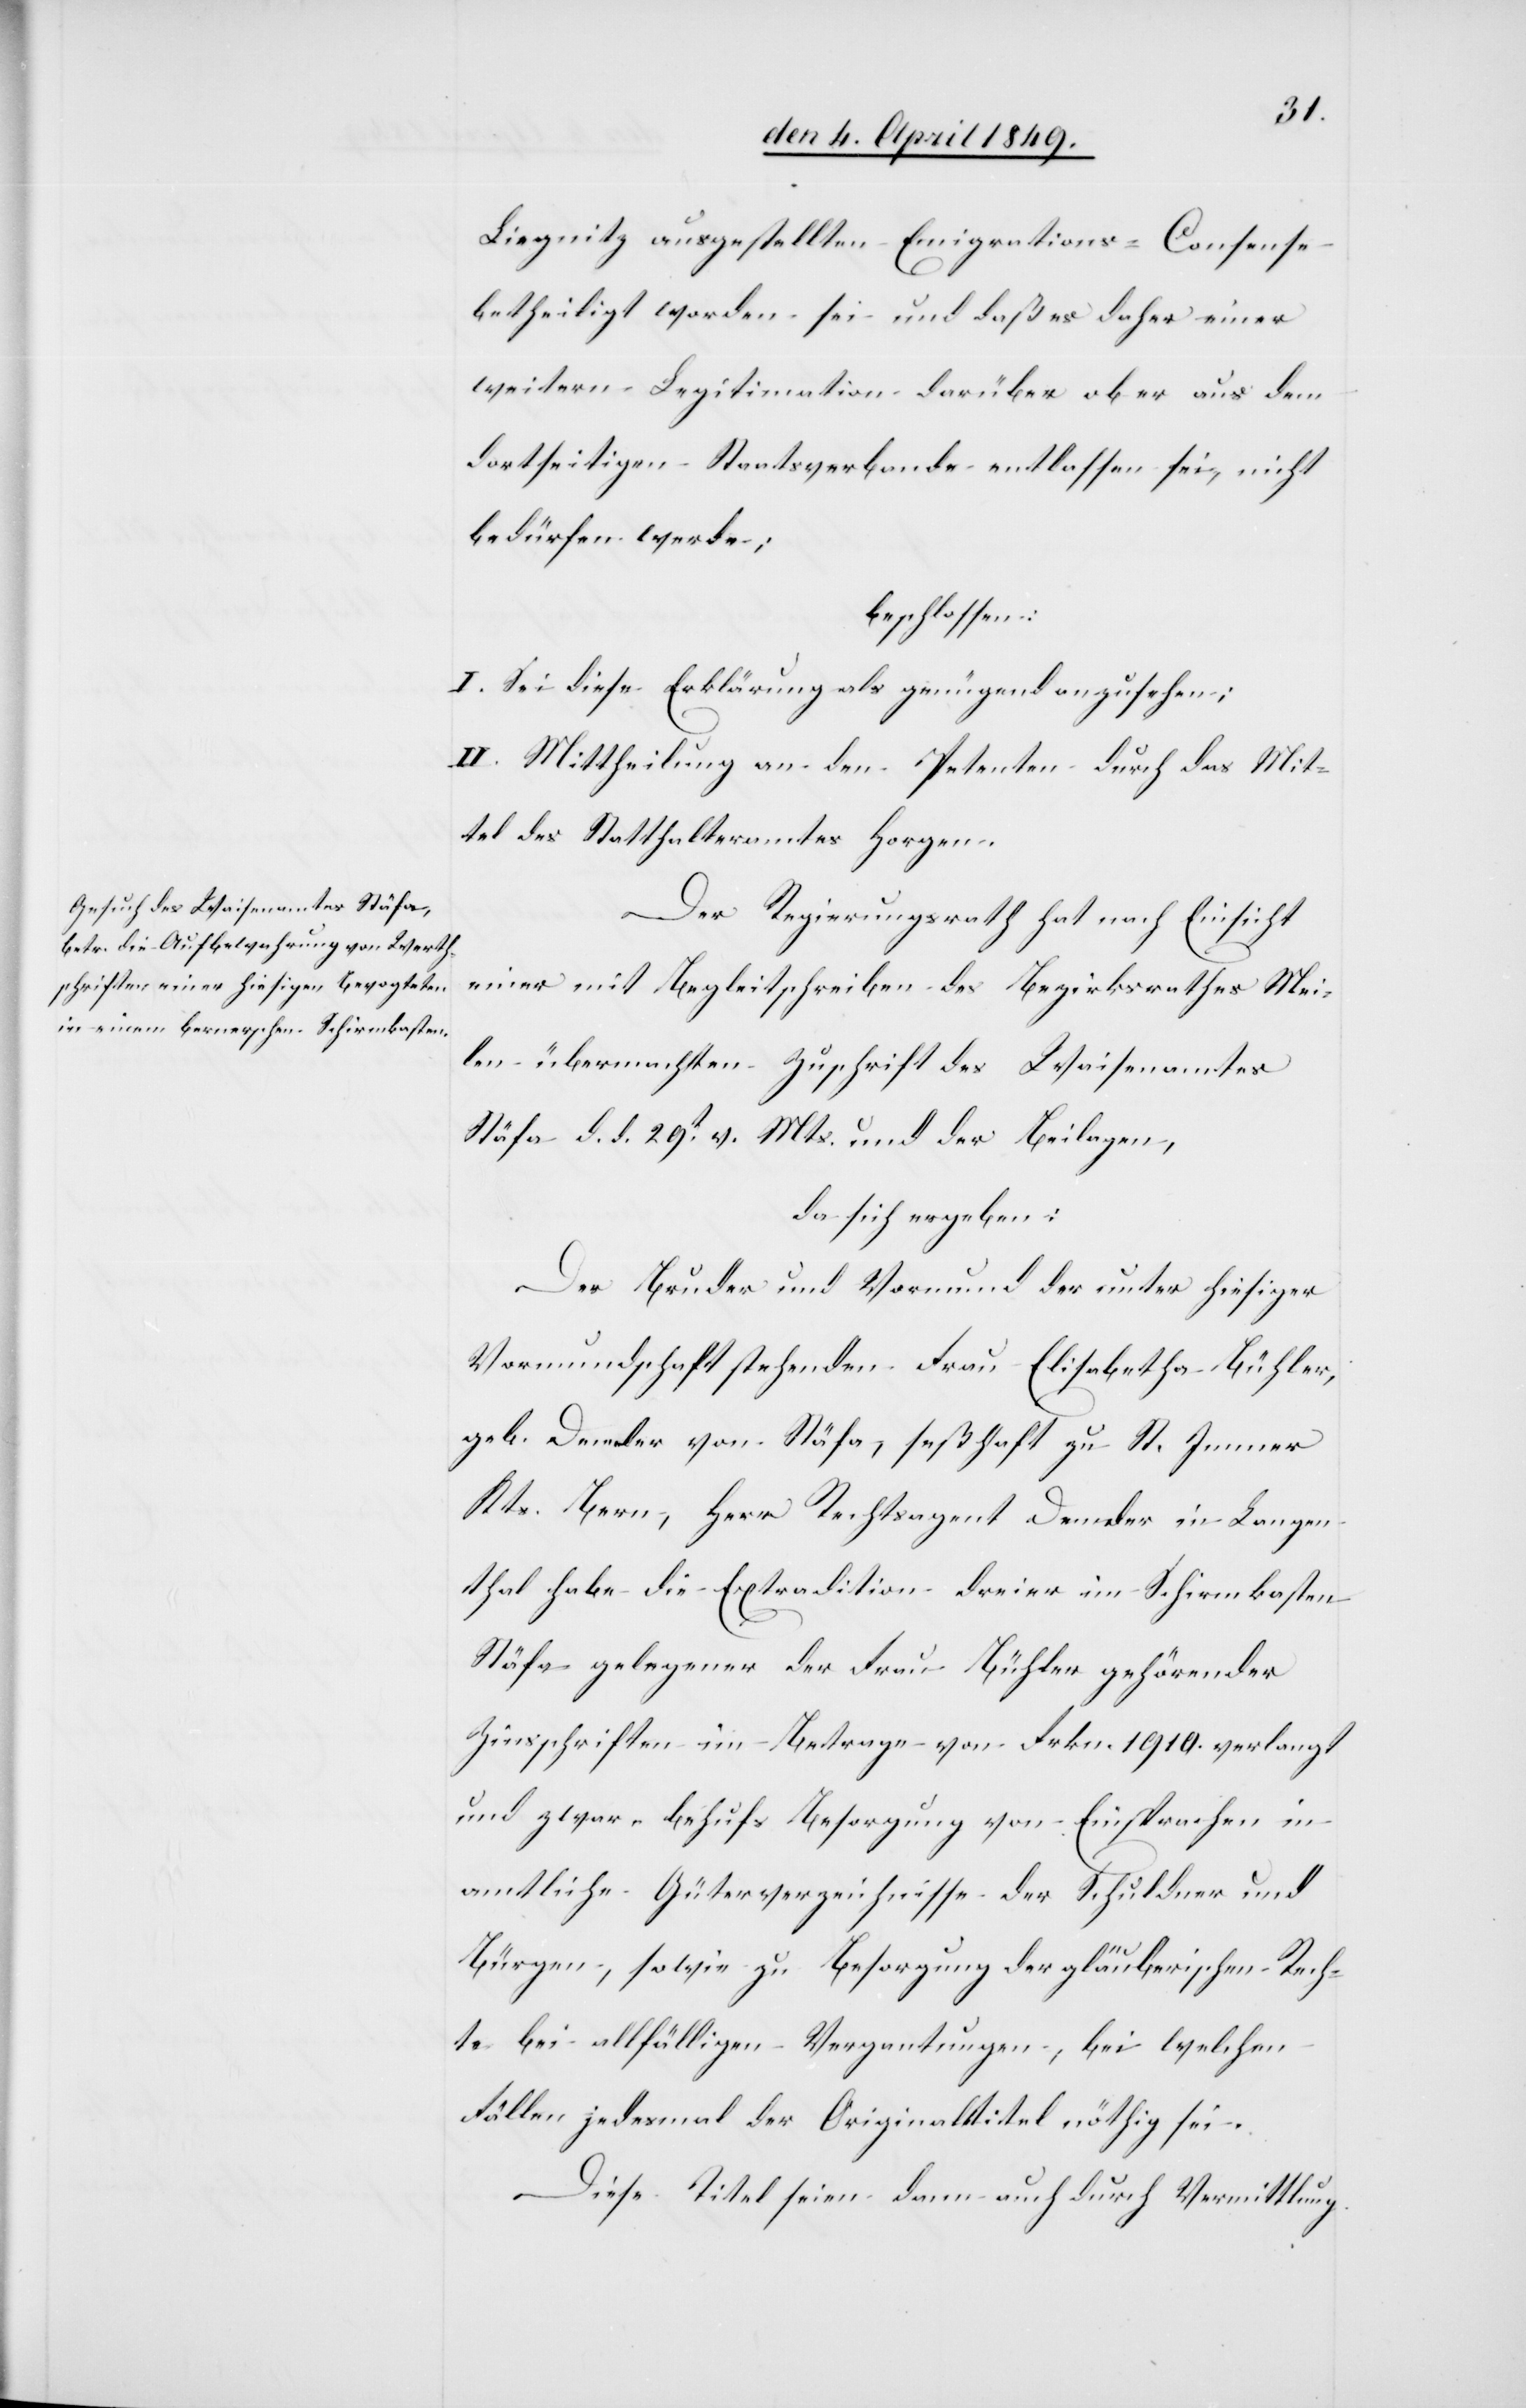
Liegnitz ausgestellten Emigrations-Consense
betheiligt worden sei und daß es daher einer
weitern Legitimation darüber ob er aus dem
dortseitigen Staatsverbande entlassen sei, nicht
bedürfen werde;
beschlossen:
I. Sei diese Erklärung als genügend anzusehen:
II. Mittheilung an den Petenten durch das Mit¬
tel des Statthalteramtes Horgen.
Der Regierungsrath hat nach Einsicht
einer mit Begleitschreiben des Bezirksrathes Mei¬
len übermachten Zuschrift des Waisenamtes
Stäfa d. d. 29t v. Mts. und der Beilagen,
da sich ergeben:
Der Bruder und Vormund der unter hiesiger
Vormundschaft stehenden Frau Elisabetha Bühler,
geb. De[?nnl]er von Stäfa, seßhaft zu St. Immer
Kts. Bern, Herr Rechtsagent De[?nnl]er in Langen¬
thal habe die Extradition dreier im Schirmkasten
Stäfa gelegener der Frau Bühler gehörender
Zinsschriften im Betrage von Frkn. 1910. verlangt
und zwar – behufs Besorgung von Einsprachen in
amtliche Güterverzeichnisse der Schuldner und
Bürgen, sowie zu Besorgung der gläuberischen Rech¬
te bei allfälligen Vergantungen, bei welchen
Fällen jedesmal der Originaltitel nöthig sei.
Diese Titel seien dann auch durch Vermittlung